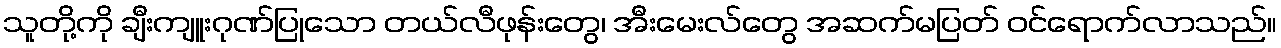
သူတို့ကို ချီးကျူးဂုဏ်ပြုသော တယ်လီဖုန်းတွေ၊ အီးမေးလ်တွေ အဆက်မပြတ် ဝင်ရောက်လာသည်။